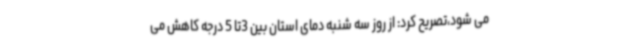
می شود،تصریح کرد: از روز سه شنبه دمای استان بین 3تا 5 درجه کاهش می